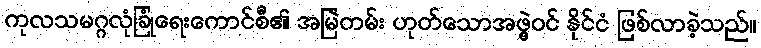
ကုလသမဂ္ဂလုံခြုံရေးကောင်စီ၏ အမြဲတမ်း ဟုတ်သောအဖွဲ့ဝင် နိုင်ငံ ဖြစ်လာခဲ့သည်။